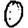
Digit: 0